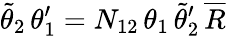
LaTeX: \tilde{\theta}_{2}\, \theta_{1}^{\prime}=N_{12}\, \theta_{1}\, \tilde{\theta}_{2}^{\prime}\, \overline{{{R}}}